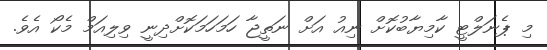
މި ޕެނަލްޓީ ކާމިޔާބުކޮށް ނިއު އަށް ނަތީޖާ ހަމަހަމަކޮށްދިނީ ވިލިއަމް މެކޯ އެވެ.